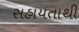
સહાયતાથી